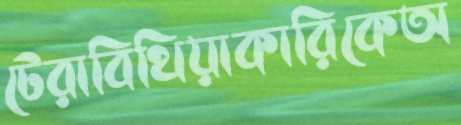
টেরাবিথিয়াকারিকেঅ